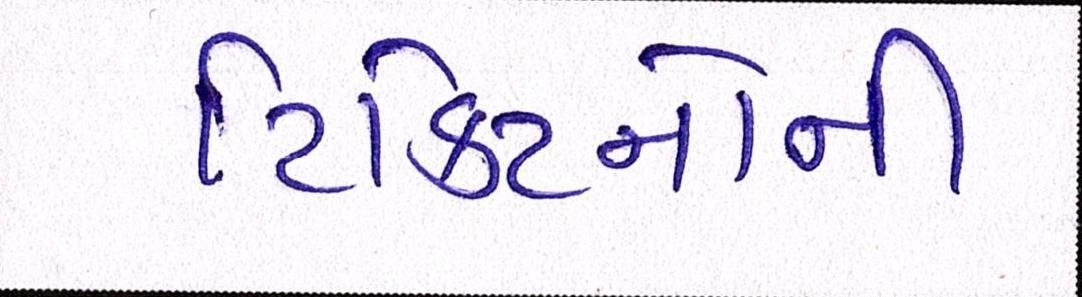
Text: ટિકિટનોની